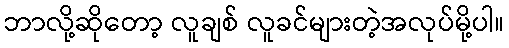
ဘာလို့ဆိုတော့ လူချစ် လူခင်များတဲ့အလုပ်မို့ပါ။